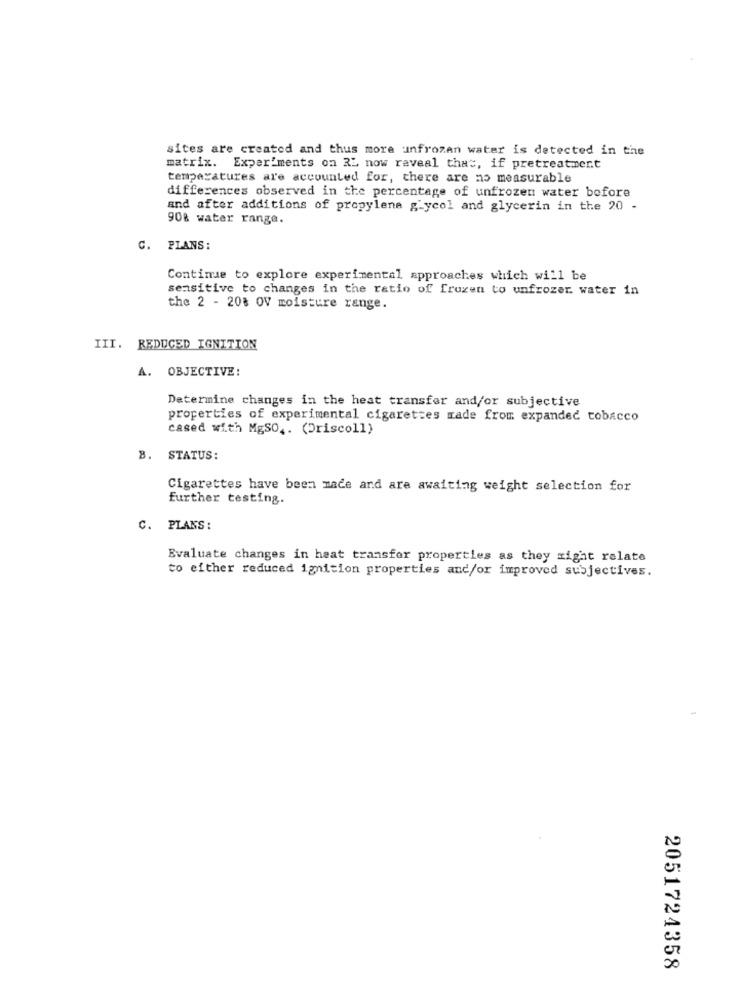
sites are created and thus more unfrozen water is detected in the
matrix. Experiments on RL now reveal that, if pretreatment
temperatures are accounted for, there are no measurable
differences observed in the percentage of unfrozen water before
and after additions of propylene glycol and glycerin in the 20 -
90% water range.
C. PLANS:
Continue to explore experimental approaches which will be
sensitive to changes in the ratio of frozen to unfrozer. water in
the 2 - 208 OV moisture range.
III. REDUCED IGNITION
A. OBJECTIVE:
Determine changes in the heat transfer and/or subjective
properties of experimental cigarettes made from expanded tobacco
cased with MgSO ,. (Driscoll)
B. STATUS:
Cigarettes have been made and are awaiting weight selection for
further testing.
C. PLANS:
Evaluate changes in heat transfer properties as they might relate
to either reduced ignition properties and/or improved subjectives.
2051724358